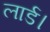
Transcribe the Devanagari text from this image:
लार्ड।